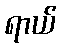
ရာယ်